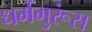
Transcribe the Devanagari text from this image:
धर्मगुरूंस